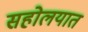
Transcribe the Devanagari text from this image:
सहोलयात